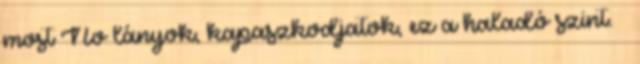
most No lányok, kapaszkodjatok, ez a haladó szint. 🙂